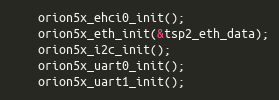
Language: C
	orion5x_ehci0_init();
	orion5x_eth_init(&tsp2_eth_data);
	orion5x_i2c_init();
	orion5x_uart0_init();
	orion5x_uart1_init();